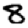
Digit: 8